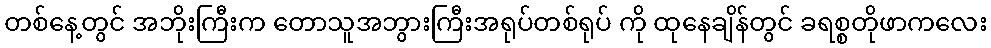
တစ်နေ့တွင် အဘိုးကြီးက တောသူအဘွားကြီးအရုပ်တစ်ရုပ် ကို ထုနေချိန်တွင် ခရစ္စတိုဖာကလေး